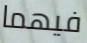
فيهما